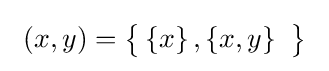
\ \left(x,y\right)={\bigl \{}\left\{x\right\},\left\{x,y\right\}\ {\bigr \}}~